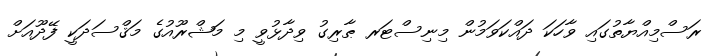
ރަސްމިއްޔާތުގައި ވާހަކަ ދައްކަވަމުން މިނިސްޓަރ ޠާރިގު ވިދާޅުވީ މި މަޝްރޫއުގެ މަޤްސަދަކީ ފޭދޫއަށް